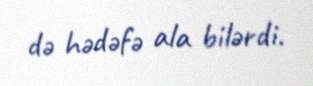
də hədəfə ala bilərdi.